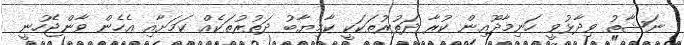
ނަޝާތު ވިދާޅުވީ ހަނިމާދޫއިން ކުރާ ދަތުރުތަކަކީ ކާމިޔާބު ދަތުރުތަކެއް ކަމަށާއި އެހެން ވާންޖެހުނީ